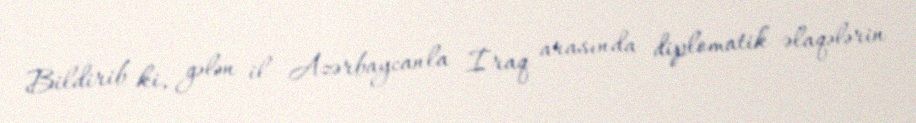
Bildirib ki, gələn il Azərbaycanla İraq arasında diplomatik əlaqələrin